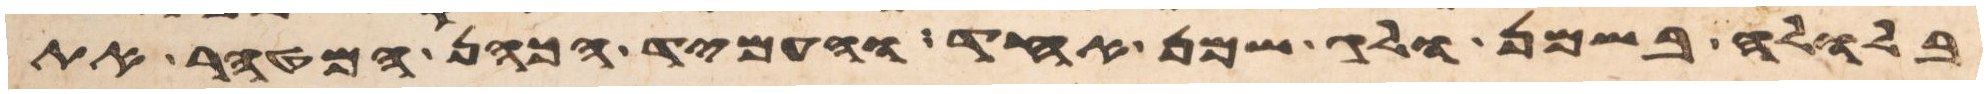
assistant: בלולה בשמן ולג שמן אחד והעמיד הכהן המטהר את